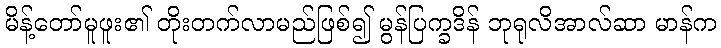
မိန့်တော်မူဖူး၏ တိုးတက်လာမည်ဖြစ်၍ မွန်ပြက္ခဒိန် ဘုရုလိအာလ်ဆာ မာန်က